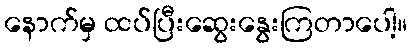
နောက်မှ ထပ်ပြီးဆွေးနွေးကြတာပေါ့။